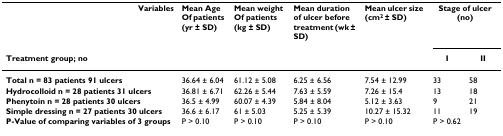
| Variables | Mean Age Of patients (yr ± SD) | Mean weight Of patients (kg ± SD) | Mean duration of ulcer before treatment (wk ± SD) | Mean ulcer size (cm2 ± SD) | <COLSPAN=2> Stage of ulcer (no) |
 | Treatment group; no |  |  |  |  | I | II |
 | --- | --- | --- | --- | --- | --- | --- |
 | Total n = 83 patients 91 ulcers | 36.64 ± 6.04 | 61.12 ± 5.08 | 6.25 ± 6.56 | 7.54 ± 12.99 | 33 | 58 |
 | Hydrocolloid n = 28 patients 31 ulcers | 36.81 ± 6.71 | 62.26 ± 5.44 | 7.63 ± 5.59 | 7.26 ± 15.4 | 13 | 18 |
 | Phenytoin n = 28 patients 30 ulcers | 36.5 ± 4.99 | 60.07 ± 4.39 | 5.84 ± 8.04 | 5.12 ± 3.63 | 9 | 21 |
 | Simple dressing n = 27 patients 30 ulcers | 36.6 ± 6.17 | 61 ± 5.03 | 5.25 ± 5.39 | 10.27 ± 15.32 | 11 | 19 |
 | P-Value of comparing variables of 3 groups | P > 0.10 | P > 0.10 | P > 0.10 | P > 0.10 | <COLSPAN=2> P > 0.62 |